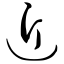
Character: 近